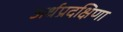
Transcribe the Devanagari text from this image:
अर्धप्रदक्षिणा